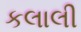
કલાલી